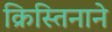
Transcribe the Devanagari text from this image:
क्रिस्तिनाने